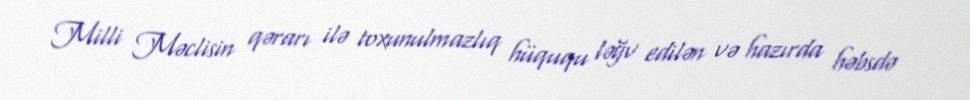
Milli Məclisin qərarı ilə toxunulmazlıq hüququ ləğv edilən və hazırda həbsdə